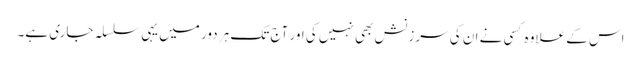
اس کے علاوہ کسی نے ان کی سرزنش بھی نہیں کی اور آج تک ہر دور میں یہی سلسلہ جاری ہے۔